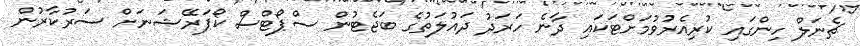
ޗެނަލް ހިންގައި ކުރިއެރުވުމަށްޓަކައި ދާނެ ހަރަދު ދައުލަތުގެ ބަޖެޓުން ސްޕޯޓްސް ކޯޕަރޭޝަނަށް ސަރުކާރުން